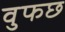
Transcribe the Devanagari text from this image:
वुफछ